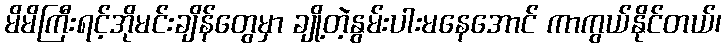
မိမိကြီးရင့်အိုမင်းချိန်တွေမှာ ချို့တဲ့နွမ်းပါးမနေအောင် ကာကွယ်နိုင်တယ်၊